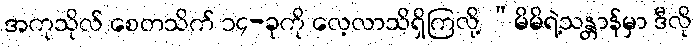
အကုသိုလ် စေတသိက် ၁၄-ခုကို လေ့လာသိရှိကြလို့ “မိမိရဲ့သန္တာန်မှာ ဒီလို